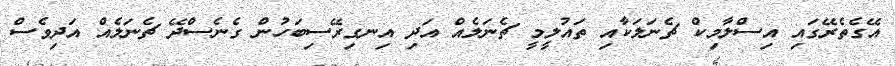
އޭގެތެރޭގައި އިސްލާމިކް ޗެނަލަކާއި ތައުލީމީ ޗެނަލެއް އަދި އިނގިރޭސިބަހުން ގެނެސްދޭ ޗެނަލެއް އަދިވެސް